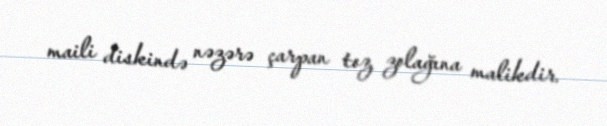
maili diskində nəzərə çarpan toz zolağına malikdir.